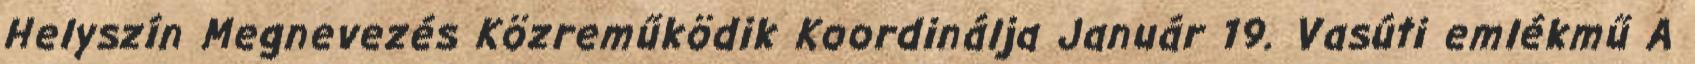
Helyszín Megnevezés Közreműködik Koordinálja Január 19. Vasúti emlékmű A